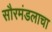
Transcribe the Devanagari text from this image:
सौरमंडलाचा